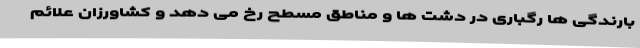
بارندگی ها رگباری در دشت ها و مناطق مسطح رخ می دهد و کشاورزان علائم